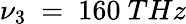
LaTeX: \nu_{3}~=~160~THz